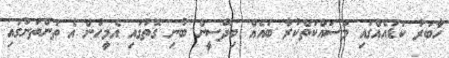
ހާބަރު ކަޑައެއްގައި މަސައްކަތްކުރާ ބައެއް ބިދޭސީން ބުނި ގޮތުގައި އެމީހުން އެ ތަންތަނުގައި